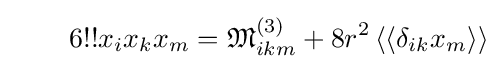
\qquad 6!!x_{i}x_{k}x_{m}={\mathfrak {M}}_{ikm}^{(3)}+8r^{2}\left\langle \left\langle \delta _{ik}x_{m}\right\rangle \right\rangle